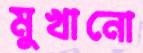
মুখানো